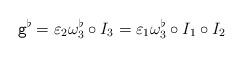
LaTeX: \begin{align*} \mathtt{g}^\flat= \varepsilon_2 \omega_3^{\flat}\circ I_3= \varepsilon_1 \omega_3^{\flat} \circ I_1 \circ I_2\end{align*}